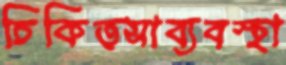
চিকিত্সাব্যবস্থা